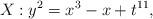
LaTeX: \begin{align*}X: y^2=x^3-x+t^{11}, \end{align*}